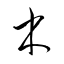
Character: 木